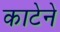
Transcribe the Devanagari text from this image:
काटेने